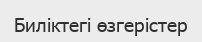
Биліктегі өзгерістер